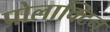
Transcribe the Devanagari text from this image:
प्रोलाक्टिन